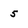
Character: 5